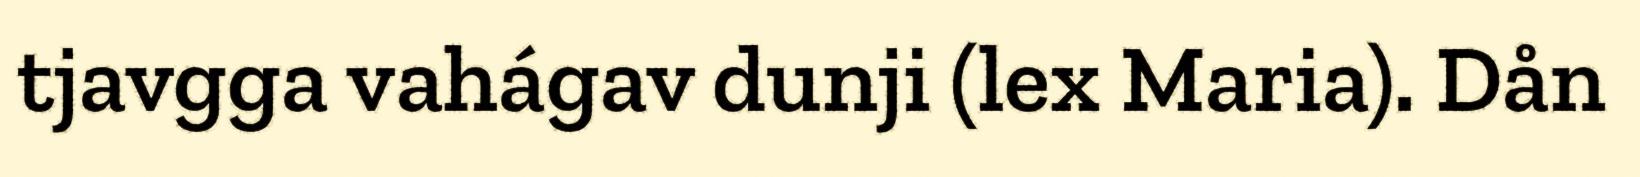
tjavgga vahágav dunji (lex Maria). Dån